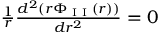
\begin{array} { r } { \frac { 1 } { r } \frac { d ^ { 2 } ( r \Phi _ { \textrm { I I } } ( r ) ) } { d r ^ { 2 } } = 0 } \end{array}